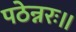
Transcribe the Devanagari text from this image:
पठेन्नरः॥